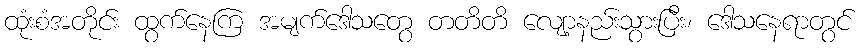
ထုံးစံအတိုင်း ထွက်နေကြ အမျက်ဒေါသတွေ တတိတိ လျော့နည်းသွားပြီး၊ ဒေါသနေရာတွင်